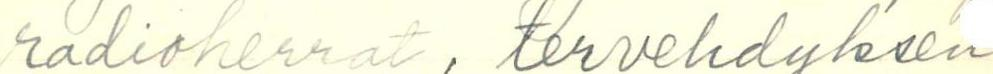
radioherrat, tervehdyksen